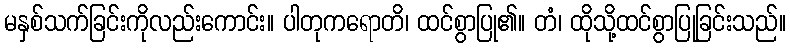
မနှစ်သက်ခြင်းကိုလည်းကောင်း။ ပါတုကရောတိ၊ ထင်စွာပြု၏။ တံ၊ ထိုသို့ထင်စွာပြုခြင်းသည်။